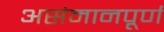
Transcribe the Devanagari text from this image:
असंमानपूर्ण